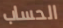
الحساب